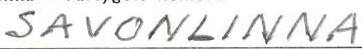
SAVONLINNA